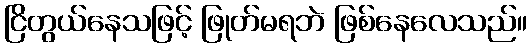
ငြိတွယ်နေသဖြင့် ဖြုတ်မရဘဲ ဖြစ်နေလေသည်။